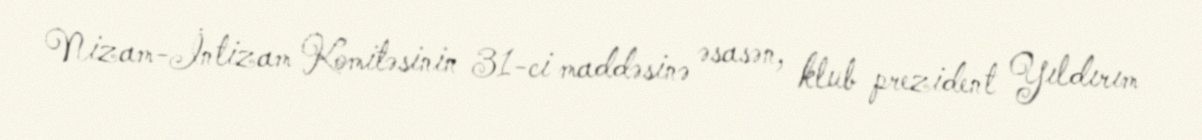
Nizam-İntizam Komitəsinin 31-ci maddəsinə əsasən, klub prezident Yıldırım